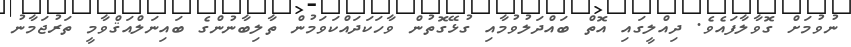
ނުވުމަށް ގޮވާލާފައެވެ. ދިއްލީގައި އޮތް ބައްދަލުވުމާއި ގުޅޭގޮތުން ވާހަކަދައްކަވަމުން ތާލިބާނުންގެ ބައިނަލްއަޤްވާމީ ތަރުޖަމާނު